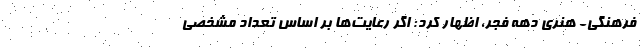
فرهنگی- هنری دهه فجر، اظهار کرد: اگر رعایت‌ها بر اساس تعداد مشخصی